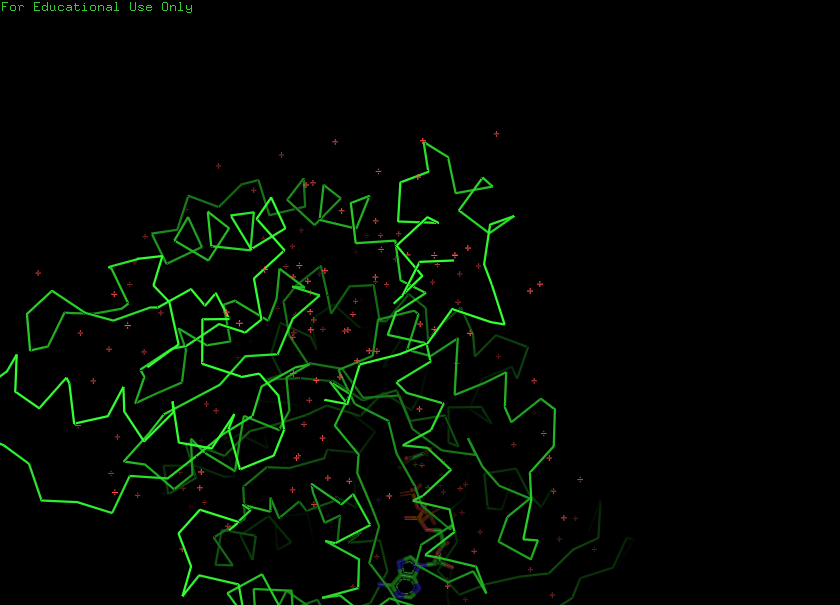
pymol, preset, simple